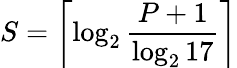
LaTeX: S=\left\lceil\log_{2}{\frac{P+1}{\log_{2}17}}\right\rceil